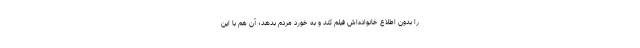
را بدون اطلاع خانواده‌اش فیلم کند و به خورد مردم بدهد؛ آن هم با این